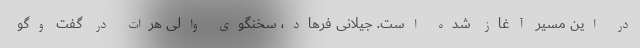
در این مسیر آغاز شده است. جیلانی فرهاد، سخنگوی والی هرات در گفت وگو